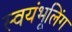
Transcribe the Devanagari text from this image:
स्वयंभूलिंग